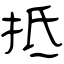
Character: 抵